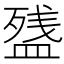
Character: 𰤽